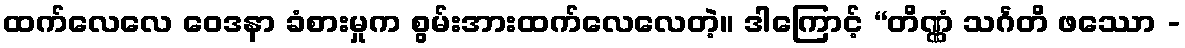
ထက်လေလေ ဝေဒနာ ခံစားမှုက စွမ်းအားထက်လေလေတဲ့။ ဒါကြောင့် “တိဏ္ဏံ သင်္ဂတိ ဖဿော -